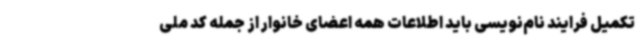
تکمیل فرایند نام‌نویسی باید اطلاعات همه اعضای خانوار از جمله کد ملی